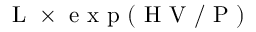
\mathrm { ~ L ~ } \times \mathrm { ~ e ~ x ~ p ~ ( ~ H ~ V ~ / ~ P ~ ) ~ }